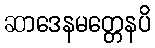
ဆာဒေနမတ္တေနပိ